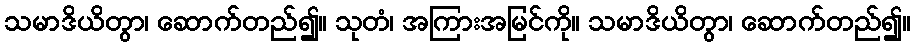
သမာဒိယိတွာ၊ ဆောက်တည်၍။ သုတံ၊ အကြားအမြင်ကို။ သမာဒိယိတွာ၊ ဆောက်တည်၍။